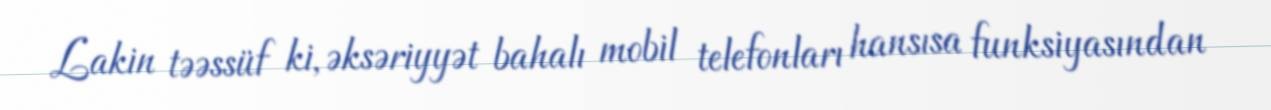
Lakin təəssüf ki, əksəriyyət bahalı mobil telefonları hansısa funksiyasından